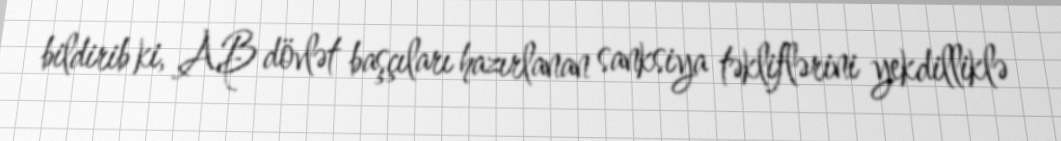
bildirib ki, AB dövlət başçıları hazırlanan sanksiya təkliflərini yekdilliklə